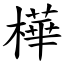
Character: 樺